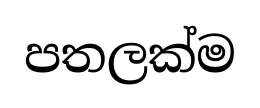
පතලක්ම